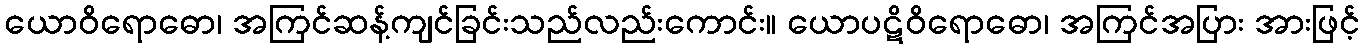
ယောဝိရောဓော၊ အကြင်ဆန့်ကျင်ခြင်းသည်လည်းကောင်း။ ယောပဋိဝိရောဓော၊ အကြင်အပြား အားဖြင့်